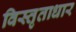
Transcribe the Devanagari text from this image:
विस्तृताधार